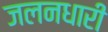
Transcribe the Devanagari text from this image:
जलनधारी